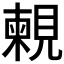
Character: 𧡴